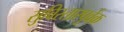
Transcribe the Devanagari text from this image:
सुविस्तारपूर्वक